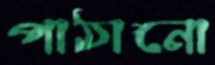
পাঠানো